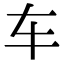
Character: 车